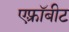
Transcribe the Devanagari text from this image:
एफ़्रॉबीट